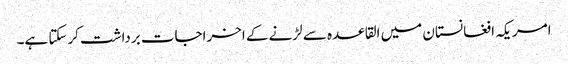
امریکہ افغانستان میں القاعدہ سے لڑنے کے اخراجات برداشت کرسکتا ہے۔